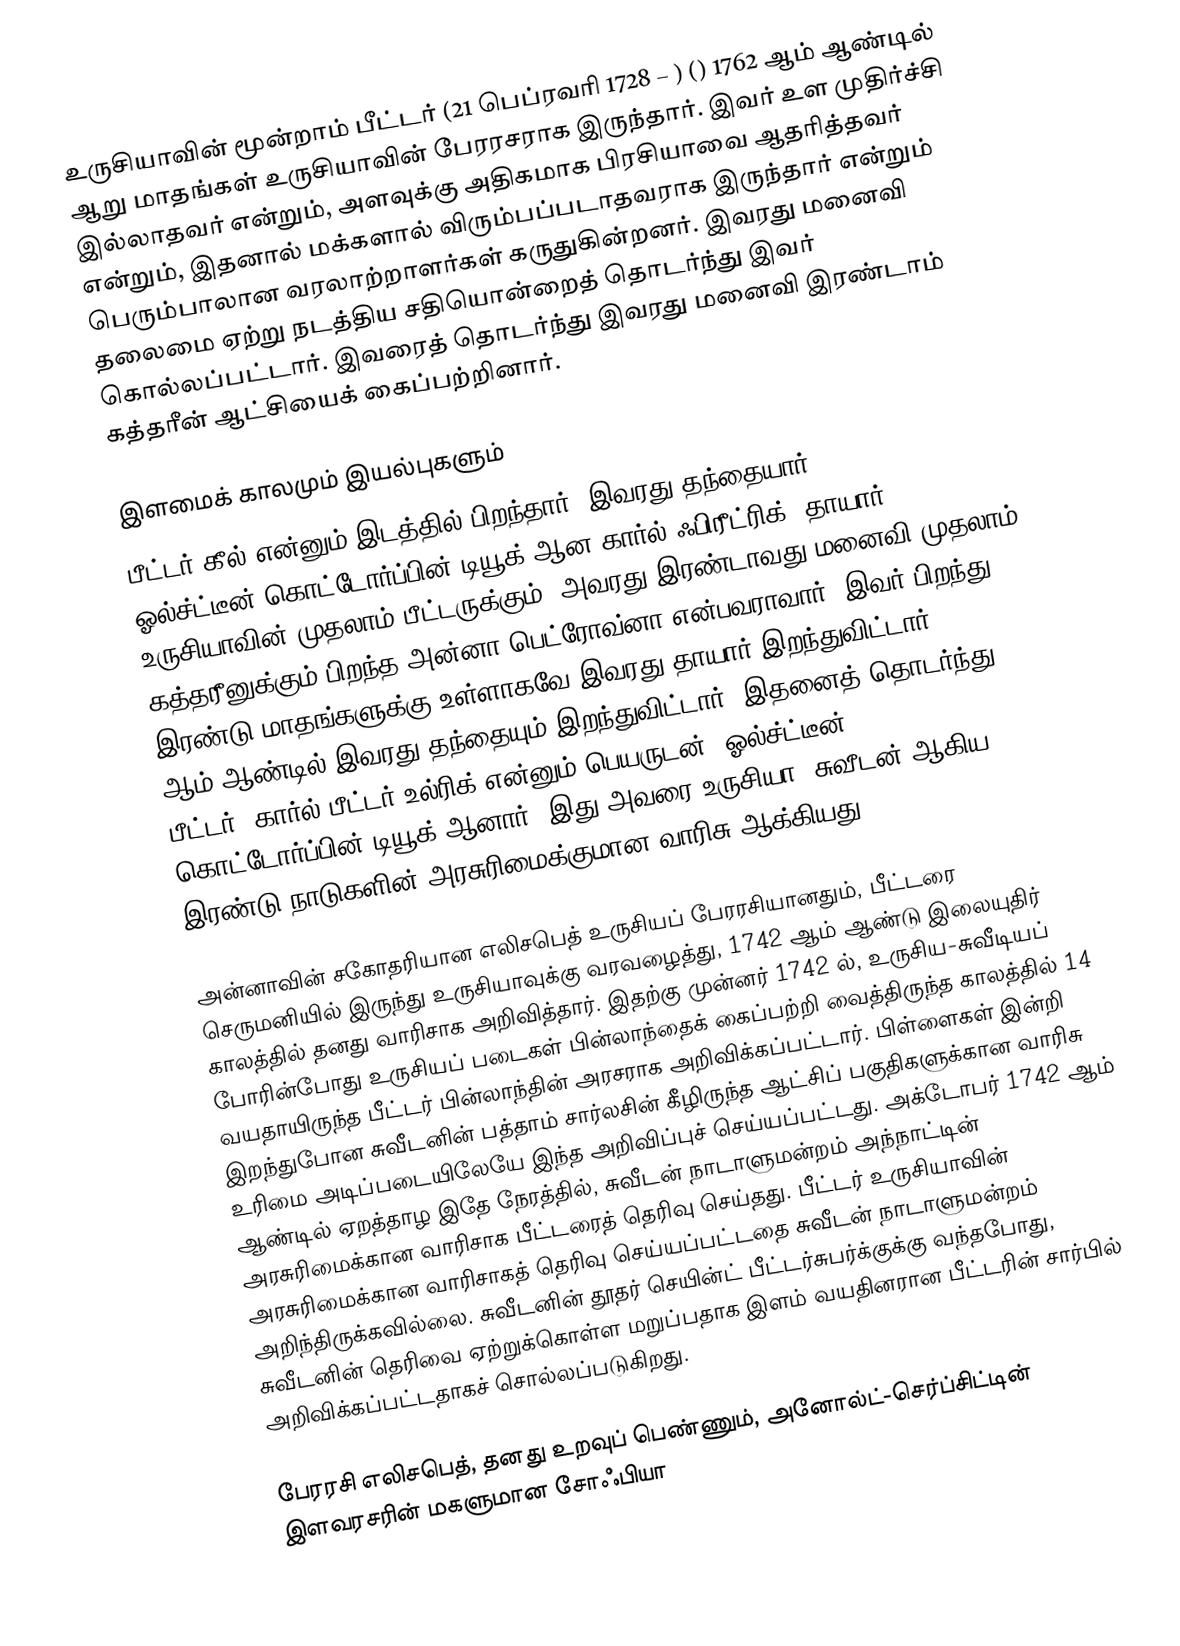
உருசியாவின் மூன்றாம் பீட்டர் (21 பெப்ரவரி 1728 – ) () 1762 ஆம் ஆண்டில் ஆறு மாதங்கள் உருசியாவின் பேரரசராக இருந்தார். இவர் உள முதிர்ச்சி இல்லாதவர் என்றும், அளவுக்கு அதிகமாக பிரசியாவை ஆதரித்தவர் என்றும், இதனால் மக்களால் விரும்பப்படாதவராக இருந்தார் என்றும் பெரும்பாலான வரலாற்றாளர்கள் கருதுகின்றனர். இவரது மனைவி தலைமை ஏற்று நடத்திய சதியொன்றைத் தொடர்ந்து இவர் கொல்லப்பட்டார். இவரைத் தொடர்ந்து இவரது மனைவி இரண்டாம் கத்தரீன் ஆட்சியைக் கைப்பற்றினார்.

இளமைக் காலமும் இயல்புகளும்
பீட்டர் கீல் என்னும் இடத்தில் பிறந்தார். இவரது தந்தையார், ஓல்ச்ட்டீன்-கொட்டோர்ப்பின் டியூக் ஆன கார்ல் ஃபிரீட்ரிக். தாயார் உருசியாவின் முதலாம் பீட்டருக்கும், அவரது இரண்டாவது மனைவி முதலாம் கத்தரீனுக்கும் பிறந்த அன்னா பெட்ரோவ்னா என்பவராவார். இவர் பிறந்து இரண்டு மாதங்களுக்கு உள்ளாகவே இவரது தாயார் இறந்துவிட்டார். 1739 ஆம் ஆண்டில் இவரது தந்தையும் இறந்துவிட்டார். இதனைத் தொடர்ந்து பீட்டர், கார்ல் பீட்டர் உல்ரிக் என்னும் பெயருடன், ஓல்ச்ட்டீன் - கொட்டோர்ப்பின் டியூக் ஆனார். இது அவரை உருசியா, சுவீடன் ஆகிய இரண்டு நாடுகளின் அரசுரிமைக்குமான வாரிசு ஆக்கியது.

அன்னாவின் சகோதரியான எலிசபெத் உருசியப் பேரரசியானதும், பீட்டரை செருமனியில் இருந்து உருசியாவுக்கு வரவழைத்து, 1742 ஆம் ஆண்டு இலையுதிர் காலத்தில் தனது வாரிசாக அறிவித்தார். இதற்கு முன்னர் 1742 ல், உருசிய-சுவீடியப் போரின்போது உருசியப் படைகள் பின்லாந்தைக் கைப்பற்றி வைத்திருந்த காலத்தில் 14 வயதாயிருந்த பீட்டர் பின்லாந்தின் அரசராக அறிவிக்கப்பட்டார். பிள்ளைகள் இன்றி இறந்துபோன சுவீடனின் பத்தாம் சார்லசின் கீழிருந்த ஆட்சிப் பகுதிகளுக்கான வாரிசு உரிமை அடிப்படையிலேயே இந்த அறிவிப்புச் செய்யப்பட்டது. அக்டோபர் 1742 ஆம் ஆண்டில் ஏறத்தாழ இதே நேரத்தில், சுவீடன் நாடாளுமன்றம் அந்நாட்டின் அரசுரிமைக்கான வாரிசாக பீட்டரைத் தெரிவு செய்தது. பீட்டர் உருசியாவின் அரசுரிமைக்கான வாரிசாகத் தெரிவு செய்யப்பட்டதை சுவீடன் நாடாளுமன்றம் அறிந்திருக்கவில்லை. சுவீடனின் தூதர் செயின்ட் பீட்டர்சுபர்க்குக்கு வந்தபோது, சுவீடனின் தெரிவை ஏற்றுக்கொள்ள மறுப்பதாக இளம் வயதினரான பீட்டரின் சார்பில் அறிவிக்கப்பட்டதாகச் சொல்லப்படுகிறது.

பேரரசி எலிசபெத், தனது உறவுப் பெண்ணும், அனோல்ட்-செர்ப்சிட்டின் இளவரசரின் மகளுமான சோஃபியா